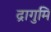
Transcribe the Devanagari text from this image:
द्रागुमि